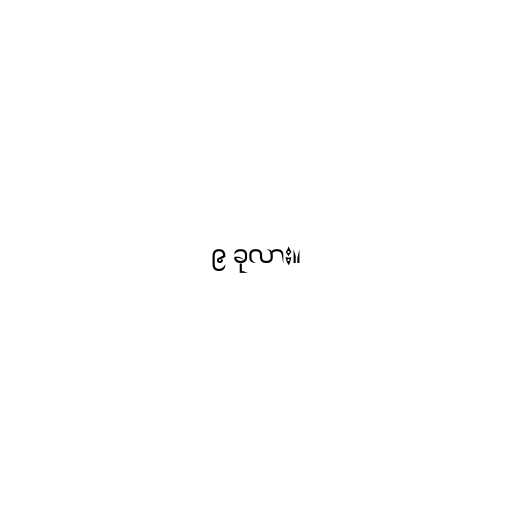
၉ ခုလား။